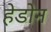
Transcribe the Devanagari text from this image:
हेडोन